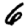
Digit: 6